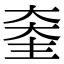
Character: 𡙃